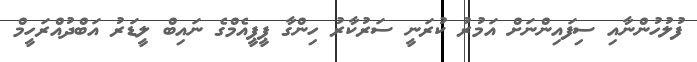
ފުލުހުންނާއި ސިފައިންނަށް އަމުރު ކުރަނީ ސަރުކާރު ހިންގާ ޕީޕީއެމްގެ ނައިބް ލީޑަރު އަބްދުއްރަހީމް